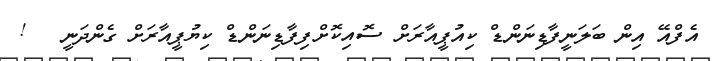
އެފްއޭ އިން ބަލަނީފާޑިނަންޑް ކިއުޕީއާރަށް ސޮއިކޮށްފިފާޑިނަންޑް ކިޔުޕީއާރަށް ގެންދަނީ   !